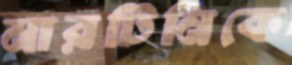
মারটিনিকে